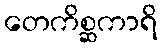
တေကိစ္ဆကာရိ